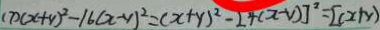
( 7 ) ( x + y ) ^ { 2 } - 1 6 ( x - y ) ^ { 2 } = ( x + y ) ^ { 2 } - 2 4 ( x - y ) ] ^ { 2 } = [ ( x + y )